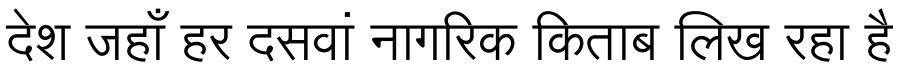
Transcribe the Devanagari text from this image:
देश जहाँ हर दसवां नागरिक किताब लिख रहा है